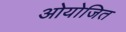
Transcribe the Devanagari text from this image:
ओयोजित